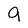
Character: 9